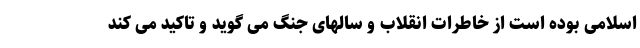
اسلامی بوده است از خاطرات انقلاب و سالهای جنگ می گوید و تاکید می کند